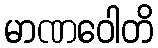
မာဏဝေါတိ